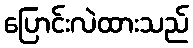
ပြောင်းလဲထားသည်